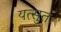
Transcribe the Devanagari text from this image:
यत्सुतः